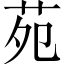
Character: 苑